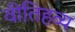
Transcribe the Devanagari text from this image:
वीतिहव्य